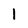
Character: 1